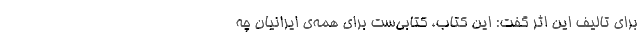
برای تالیف این اثر گفت: این کتاب، کتابی‌ست برای همه‌ی ایرانیان چه